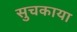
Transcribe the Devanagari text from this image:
सुचकाया